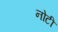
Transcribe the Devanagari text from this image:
नोटी